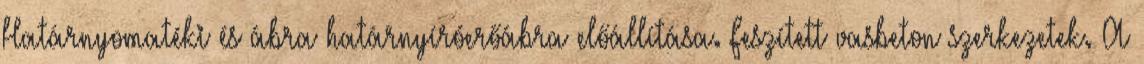
Határnyomatéki és ábra határnyíróerőábra előállítása. Feszített vasbeton szerkezetek. A